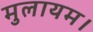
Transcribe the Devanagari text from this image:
मुलायम।